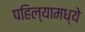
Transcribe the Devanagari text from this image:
पहिल्यामध्ये